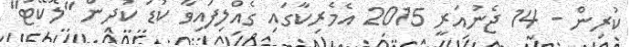
ކުރިން - 14 ޖެނުއަރީ 2015 އެމެރިކާގައި ގެއްލިފައިވާ ކުޑަ ކުދިން "ލޮކޭޓު"